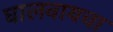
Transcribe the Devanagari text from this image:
घालवायचा